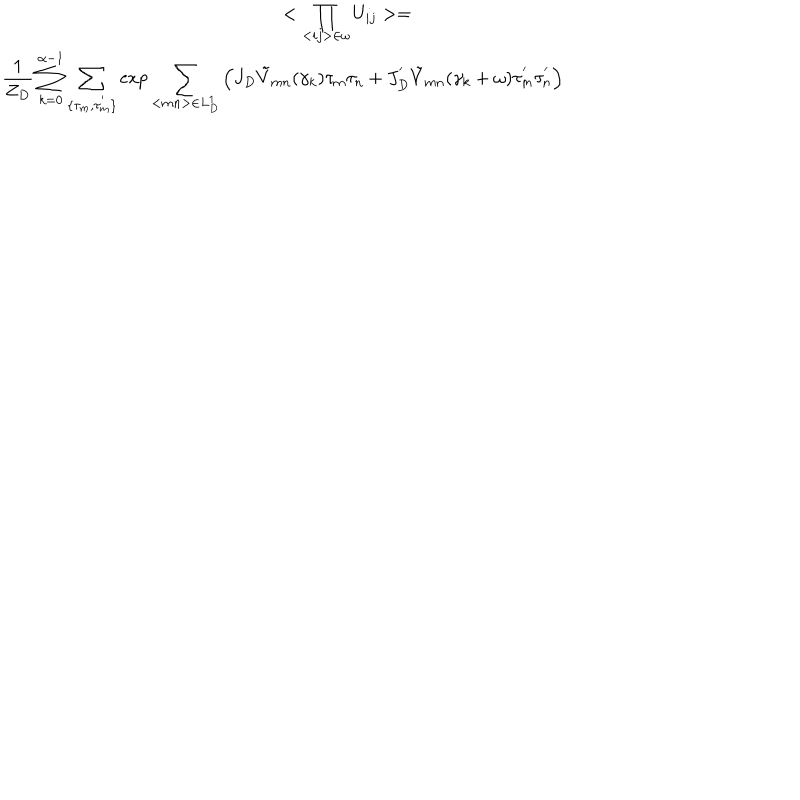
LaTeX: \begin{array} { c } { { { \displaystyle < \prod _ { < i j > \in \omega } U _ { i j } > = \hspace { 6 c m } } } } \\ { { { \displaystyle \frac { 1 } { Z _ { D } } \sum _ { k = 0 } ^ { \alpha - 1 } \sum _ { \{ \tau _ { m } , \tau _ { m } ^ { ' } \} } \exp \sum _ { < m n > \in L _ { D } ^ { 1 } } \left( J _ { D } { \tilde { V } } _ { m n } ( \gamma _ { k } ) \tau _ { m } \tau _ { n } + J _ { D } ^ { ' } { \tilde { V } } _ { m n } ( \gamma _ { k } + \omega ) \tau _ { m } ^ { ' } \tau _ { n } ^ { ' } \right) } } } \\ \end{array}